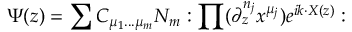
\Psi ( z ) = \sum C _ { \mu _ { 1 } . . . \mu _ { m } } N _ { m } : \prod ( \partial _ { z } ^ { n _ { j } } x ^ { \mu _ { j } } ) e ^ { i k \cdot X ( z ) } :